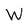
Character: W